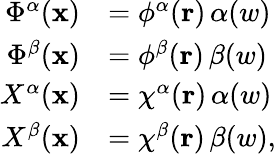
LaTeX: \begin{array}{rl}{\Phi^{\alpha}(\mathbf{x})}&{=\phi^{\alpha}(\mathbf{r})\, \alpha(w)}\\ {\Phi^{\beta}(\mathbf{x})}&{=\phi^{\beta}(\mathbf{r})\, \beta(w)}\\ {X^{\alpha}(\mathbf{x})}&{=\chi^{\alpha}(\mathbf{r})\, \alpha(w)}\\ {X^{\beta}(\mathbf{x})}&{=\chi^{\beta}(\mathbf{r})\, \beta(w)\mathrm{,}}\end{array}